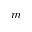
m